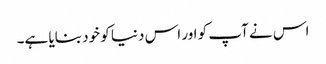
اس نے آپ کو اور اس دنیا کو خود بنایا ہے۔